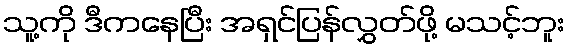
သူ့ကို ဒီကနေပြီး အရှင်ပြန်လွှတ်ဖို့ မသင့်ဘူး